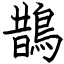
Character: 鵲